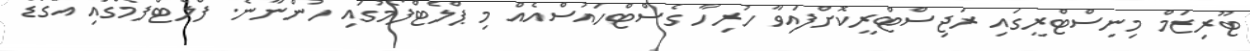
ޓޫރިޒަމް މިނިސްޓްރީގައި ރަޖިސްޓްރީކޮށްފައިވާ ހުރިހާ ގެސްޓްހައުސްއެއް މި ޕްލެޓްފޯމުގައި ހުންނާނެ. ފްލެޓްފޯމްގައި އަގޯޑާ